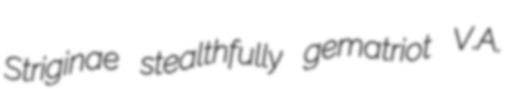
Striginae stealthfully gematriot V.A.